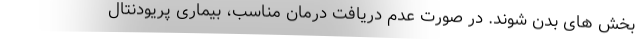
بخش های بدن شوند. در صورت عدم دریافت درمان مناسب، بیماری پریودنتال